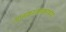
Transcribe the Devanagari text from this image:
मानकरकाकांच्या